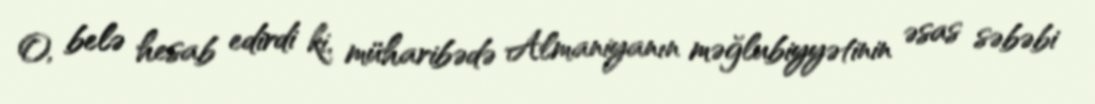
O, belə hesab edirdi ki, müharibədə Almaniyanın məğlubiyyətinin əsas səbəbi